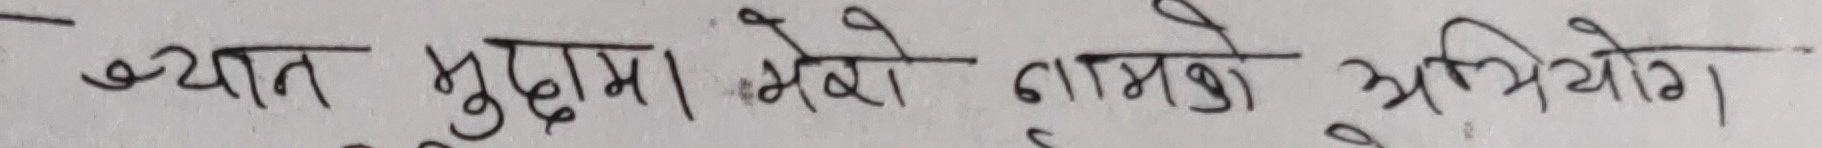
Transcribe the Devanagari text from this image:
ख्यात मुद्दामा भेरो नामको अभियोग